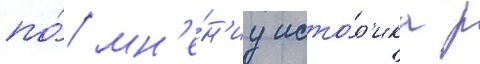
по́ мн'е́н'иу исто́р'ика р